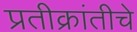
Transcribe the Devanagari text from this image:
प्रतीक्रांतीचे